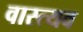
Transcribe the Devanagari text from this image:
वास्त्यव